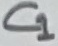
Text: C1